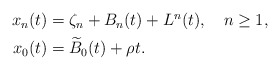
\begin{align*}\begin{aligned} x_n(t)&=\zeta_n+B_n(t)+L^n(t),\quad n\geq1,\\ x_0(t)&=\widetilde{B}_0(t)+\rho t. \end{aligned}\end{align*}